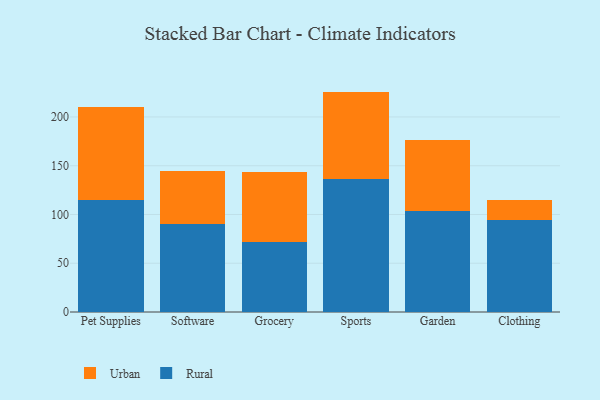
{"axis": {"x": "Category", "y": "Backlog"}, "legend": ["Rural", "Urban"], "data": [{"x": "Pet Supplies", "y": 114.4, "type": "Rural"}, {"x": "Pet Supplies", "y": 95.8, "type": "Urban"}, {"x": "Software", "y": 90.3, "type": "Rural"}, {"x": "Software", "y": 54.4, "type": "Urban"}, {"x": "Grocery", "y": 72.2, "type": "Rural"}, {"x": "Grocery", "y": 71.4, "type": "Urban"}, {"x": "Sports", "y": 135.9, "type": "Rural"}, {"x": "Sports", "y": 90.1, "type": "Urban"}, {"x": "Garden", "y": 103.3, "type": "Rural"}, {"x": "Garden", "y": 73.3, "type": "Urban"}, {"x": "Clothing", "y": 94.0, "type": "Rural"}, {"x": "Clothing", "y": 20.9, "type": "Urban"}]}